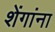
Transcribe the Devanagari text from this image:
शेंगांना